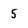
Character: 5